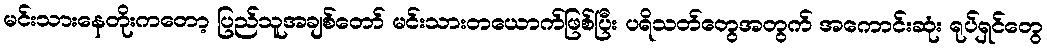
မင်းသားနေတိုးကတော့ ပြည်သူအချစ်တော် မင်းသားတယောက်ဖြစ်ပြီး ပရိသတ်တွေအတွက် အကောင်းဆုံး ရုပ်ရှင်တွေ